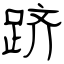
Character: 跻